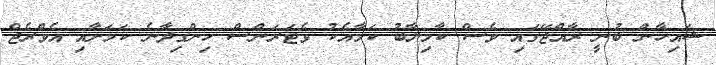
ޝައިހާން ބުނީ ރާއްޖޭގައި ވެސް ކާމިޔާބު ކަމާއެކު ވެޓަރަންސް ހިންގިދާނެ ކަމަށާއި އެވްރެޖް